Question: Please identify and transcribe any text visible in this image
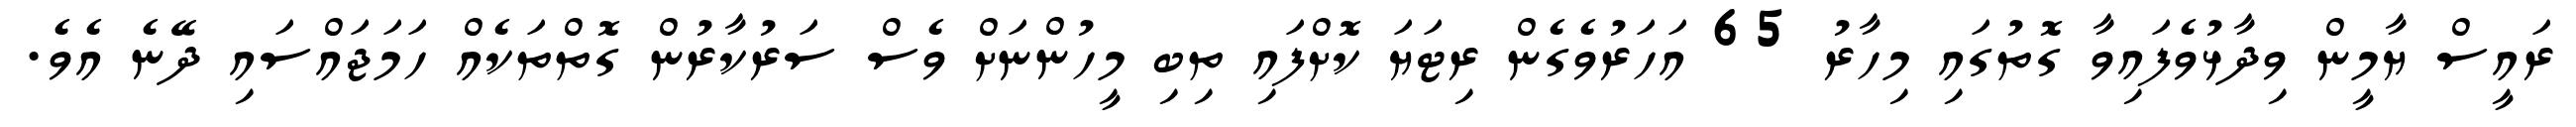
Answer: ރައީސް ޔާމީން ވިދާޅުވެފައިވާ ގޮތުގައި މިހާރު 65 އަހަރުވެގެން ރިޓަޔަ ކޮށްފައި ތިބި މީހުންނަށް ވެސް ސަރުކާރުން ގޮތްތަކެއް ހަމަޖައްސައި ދޭނެ އެވެ.